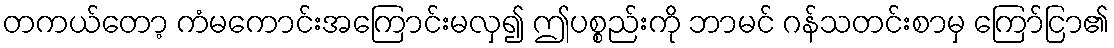
တကယ်တော့ ကံမကောင်းအကြောင်းမလှ၍ ဤပစ္စည်းကို ဘာမင် ဂန်သတင်းစာမှ ကြော်ငြာ၏